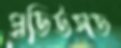
প্রডিউসড